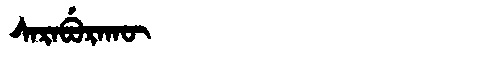
Manchu: ᠰᠠᡵᠠᠪᡠᡵᠠᡴᡡ
Romanization: SARABURAKŪ